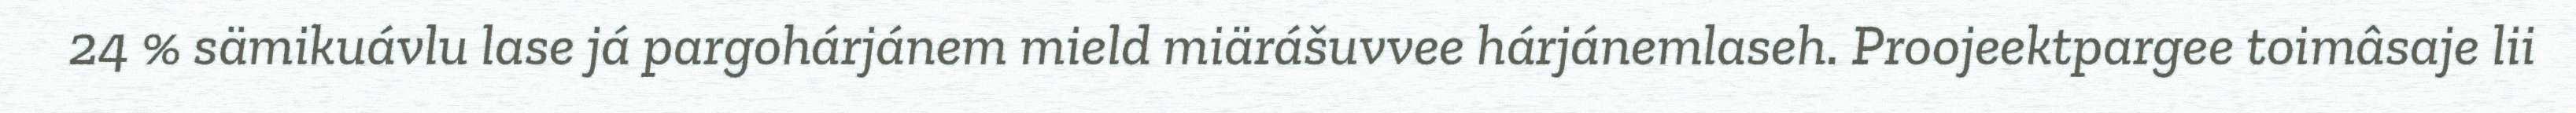
24 % sämikuávlu lase já pargohárjánem mield miärášuvvee hárjánemlaseh. Proojeektpargee toimâsaje lii